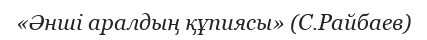
«Әнші аралдың құпиясы» (С.Райбаев)